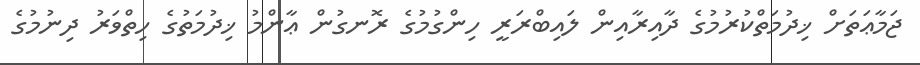
ޖަމާޢަތަށް ޚިދުމަތްކުރުމުގެ ދާއިރާއިން ލައިބްރަރީ ހިންގުމުގެ ރޮނގުން ޢާންމު ޚިދުމަތުގެ ހިތްވަރު ދިނުމުގެ